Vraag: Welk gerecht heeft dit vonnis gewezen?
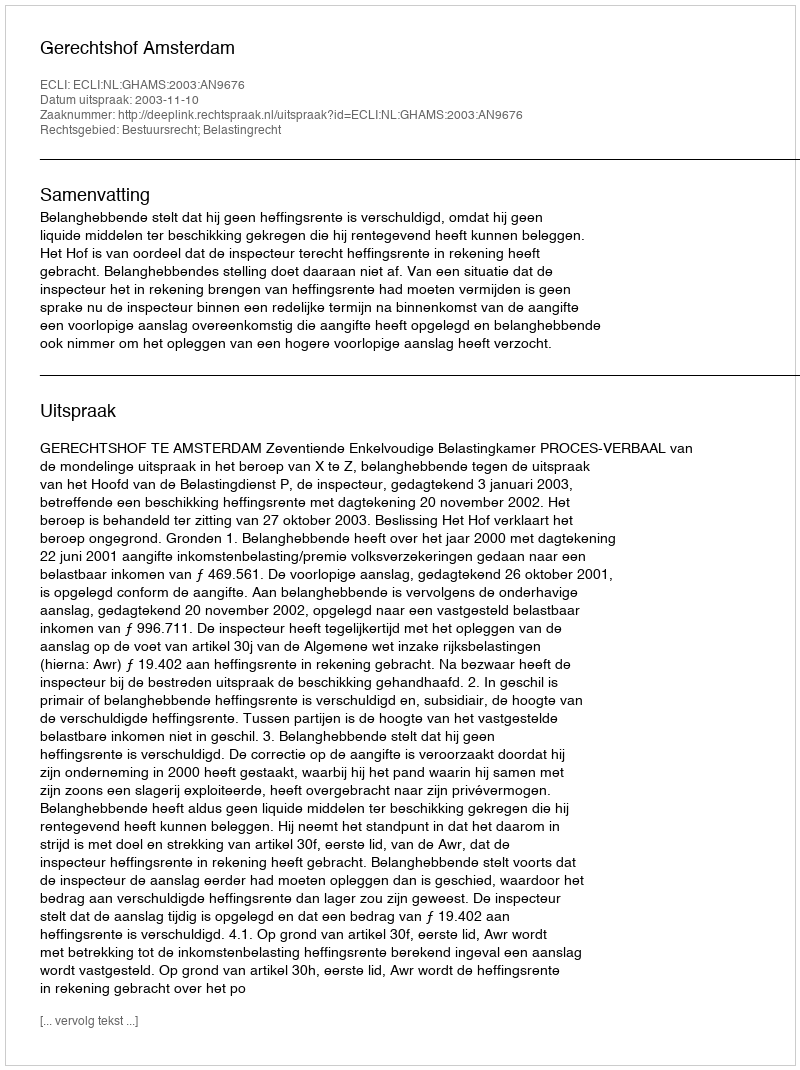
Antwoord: Gerechtshof Amsterdam